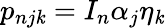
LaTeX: p_{nj\mathit{k}}=I_{n}\alpha_{j}\eta_{\mathit{k}}